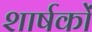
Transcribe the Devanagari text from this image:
शार्षकों